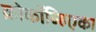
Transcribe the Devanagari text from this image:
क्रोकॉव्हिएका